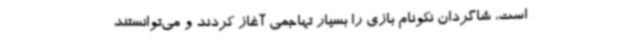
است، شاگردان نکونام بازی را بسیار تهاجمی آغاز کردند و می‌توانستند